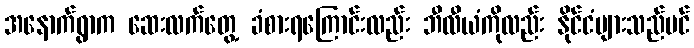
အနောက်ရွာက ဆေးလက်တွေ့ ခံစားရကြောင်းလည်း ဘီလီယံကိုလည်း နိုင်ငံများသည်ပင်